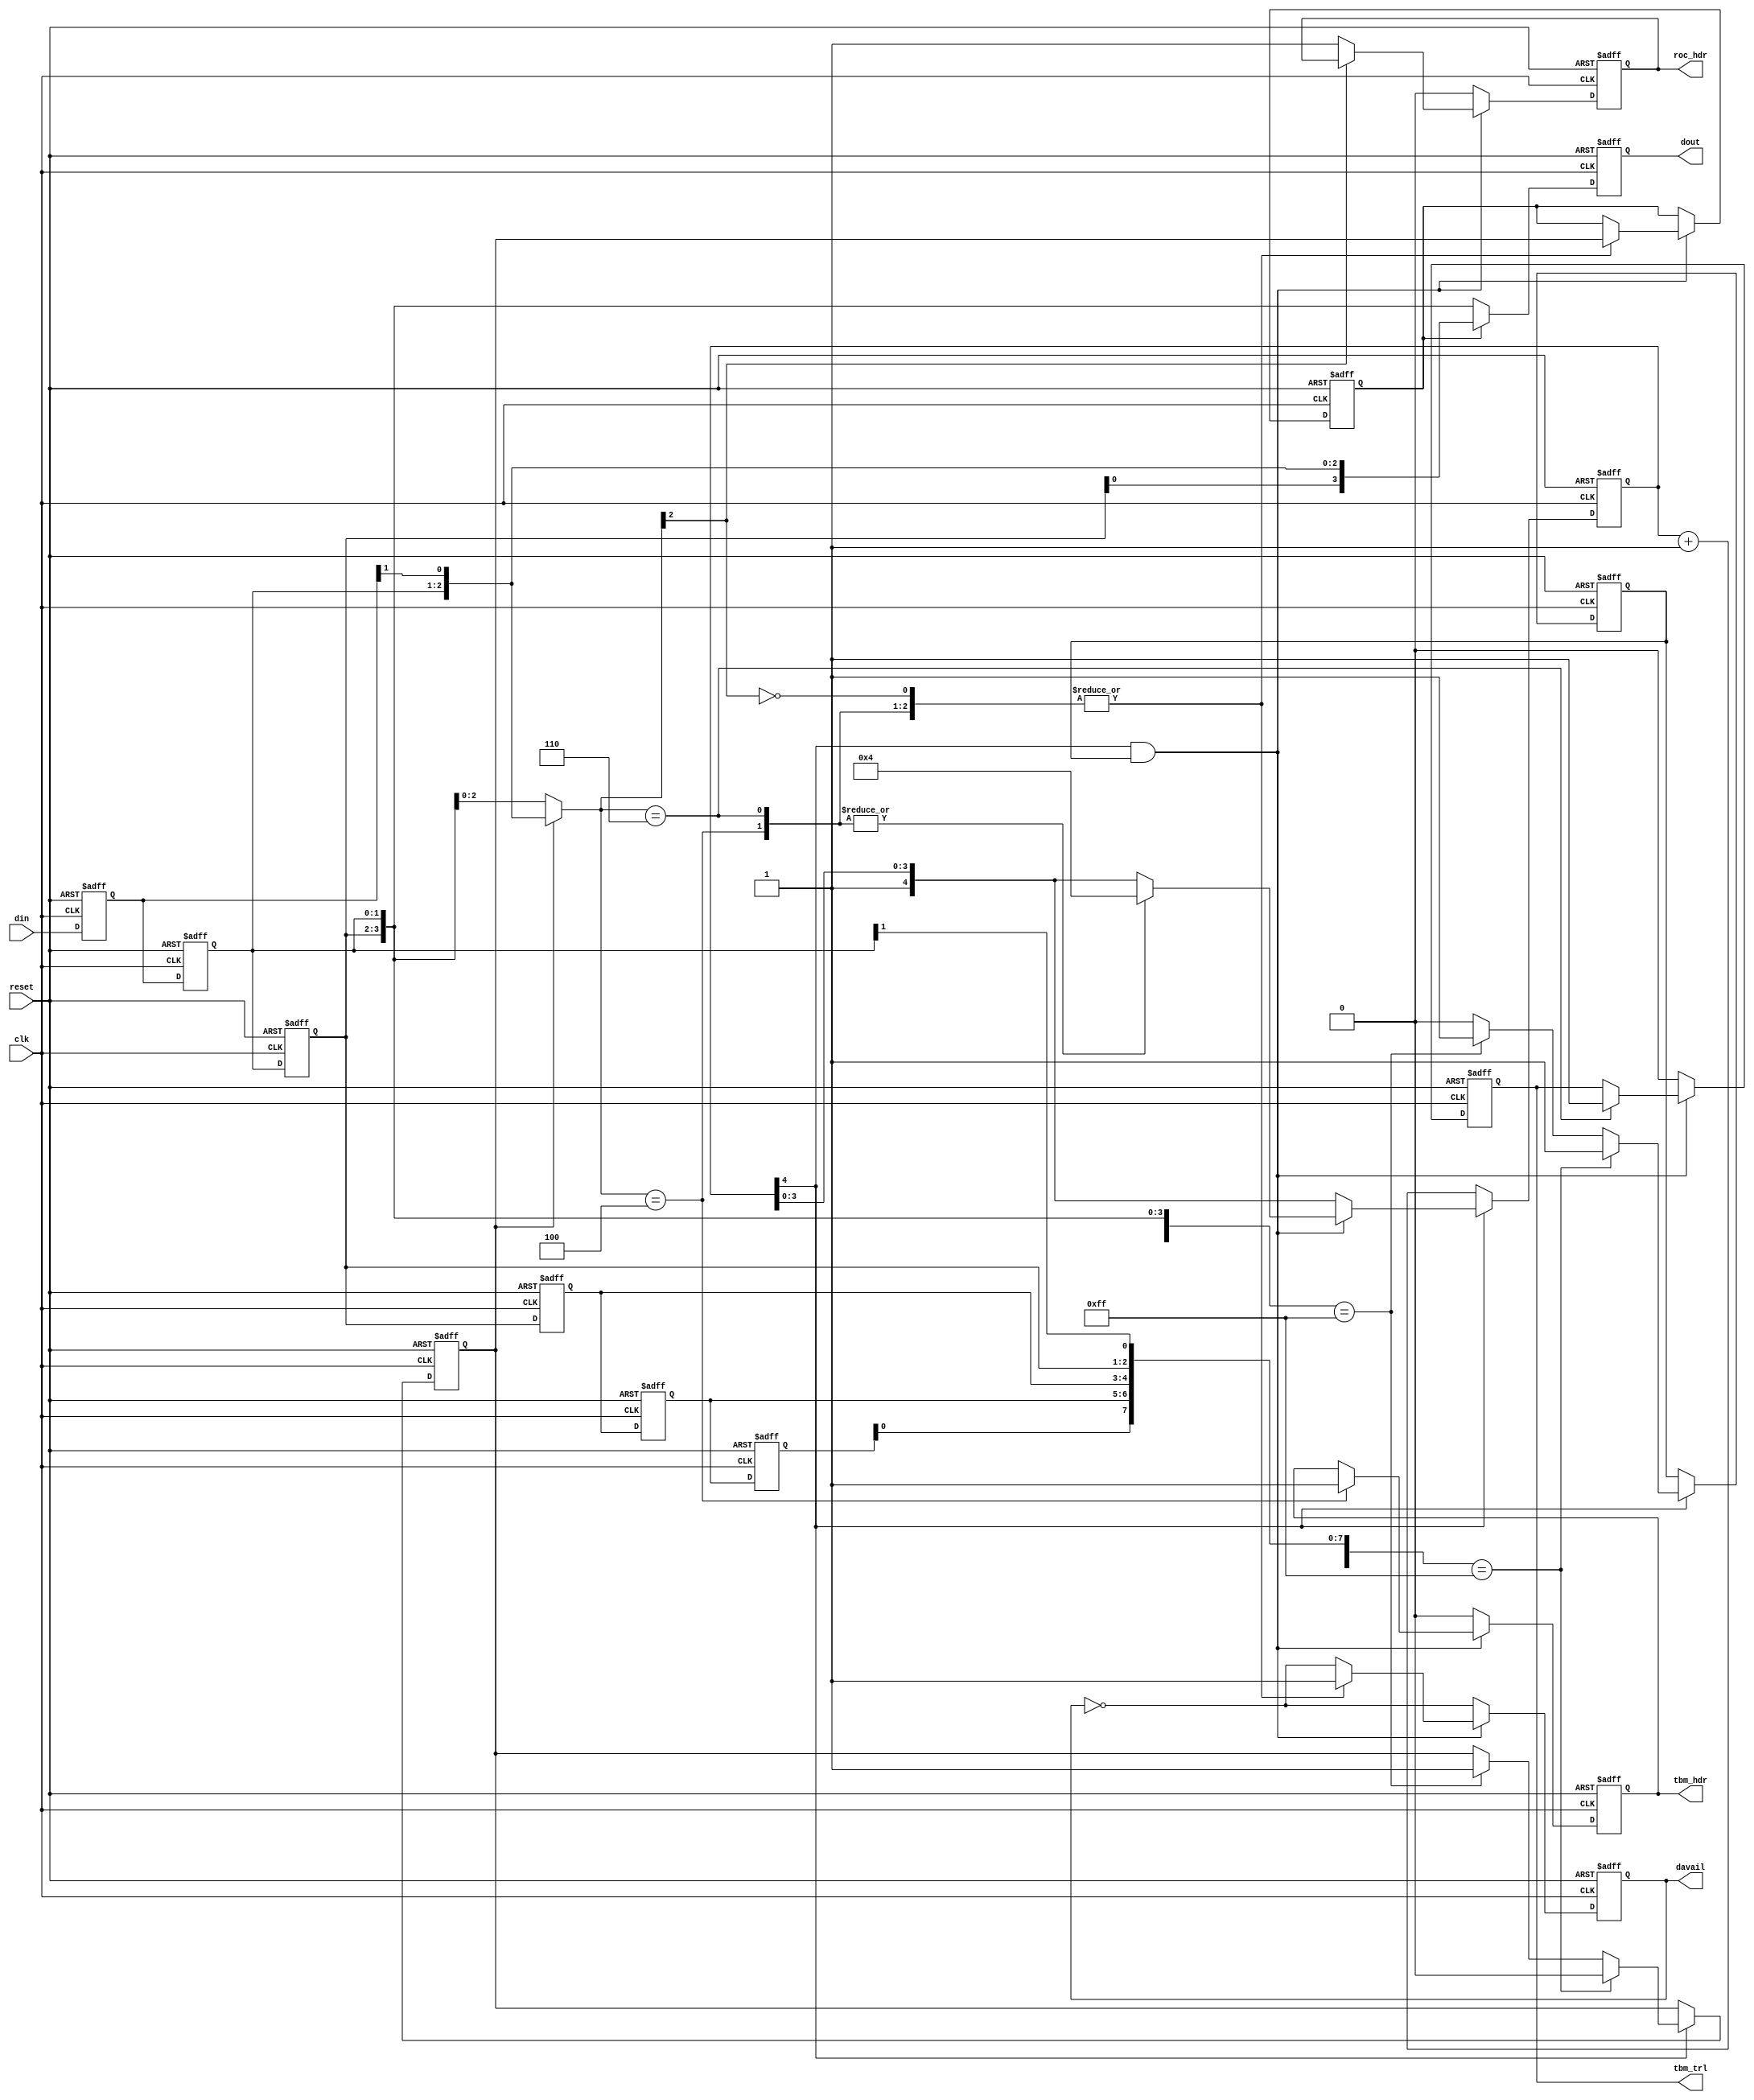
module header_detector
(
	input clk,
	input reset,
	
	input [1:0]din,
	
	output reg davail,
	output reg [3:0]dout,
	
	output reg tbm_hdr,
	output reg tbm_trl,
	output reg roc_hdr
);

	reg [4:0]timeout;
	wire active = timeout[4];

// --- data path -----------------------------------------------

	reg [1:0]d0;
	reg [1:0]d1;
	reg [1:0]d2;
	reg [1:0]d3;
	reg [1:0]d4;
	reg [1:0]d5;
	
	reg  mode1; // header detection mode
	reg  mode;  // data mode

	wire [2:0]id   = mode1 ? {d1, d0[1]} : {d2[0], d1};
	wire [3:0]data = mode  ? {d2[0], d1, d0[1]} : {d2, d1};

	always @(posedge clk or posedge reset)
	begin
		if (reset)
		begin
			{d5, d4, d3, d2, d1, d0} <= 10'h3ff;
			dout <= 0;
		end
		else
		begin
			{d5, d4, d3, d2, d1, d0} <= {d4, d3, d2, d1, d0, din};
			dout <= data;
		end
	end


	// --- leader detection --------------------------------------

	wire leader0 = {d5, d4, d3, d2, d1[1]} == 9'b011111111;
	wire leader1 = {d5[0], d4, d3, d2, d1} == 9'b011111111;
	reg  leader;

	always @(posedge clk or posedge reset)
	begin
		if (reset)
		begin
			leader <= 0;	
			mode1  <= 0;
		end
		else
		begin			
			if (active)
			begin
				if (leader0)
				begin
					leader <= 1;
					mode1  <= 0;
				end
				else if (leader1)
				begin
					leader <= 1;
					mode1  <= 1;
				end
				else
				begin
					leader <= 0;
				end
			end
		end
	end


	// --- header identification ---------------------------------
	

	always @(posedge clk or posedge reset)
	begin
		if (reset)
		begin
			davail  <= 0;
			tbm_hdr <= 0;
			tbm_trl <= 0;
			roc_hdr <= 0;
			mode    <= 0;
			timeout <= 0;
		end
		else
		begin // not reset
			if (active && leader)
			begin
				casez (id)
					3'b100: // TBM Header
						begin
							tbm_hdr <= 1;
							timeout <= 4;
							mode    <= mode1;
							davail  <= 1;
						end
					3'b110: // TBM Trailer
						begin
							tbm_trl <= 1;
							timeout <= 4;
							mode    <= mode1;
							davail  <= 1;
						end
					3'b0??: // ROC Header
						begin
							roc_hdr <= 1;
							mode    <= mode1;
							davail  <= 1;
						end
						default: davail <= !davail;
				endcase
			end // if active & leader
			else
			begin
					tbm_trl <= 0;
					tbm_hdr <= 0;
					roc_hdr <= 0;
					davail  <= !davail;
			end
			
			if (!active) timeout <= timeout + 5'd1;
		end // not reset
	end // always

endmodule